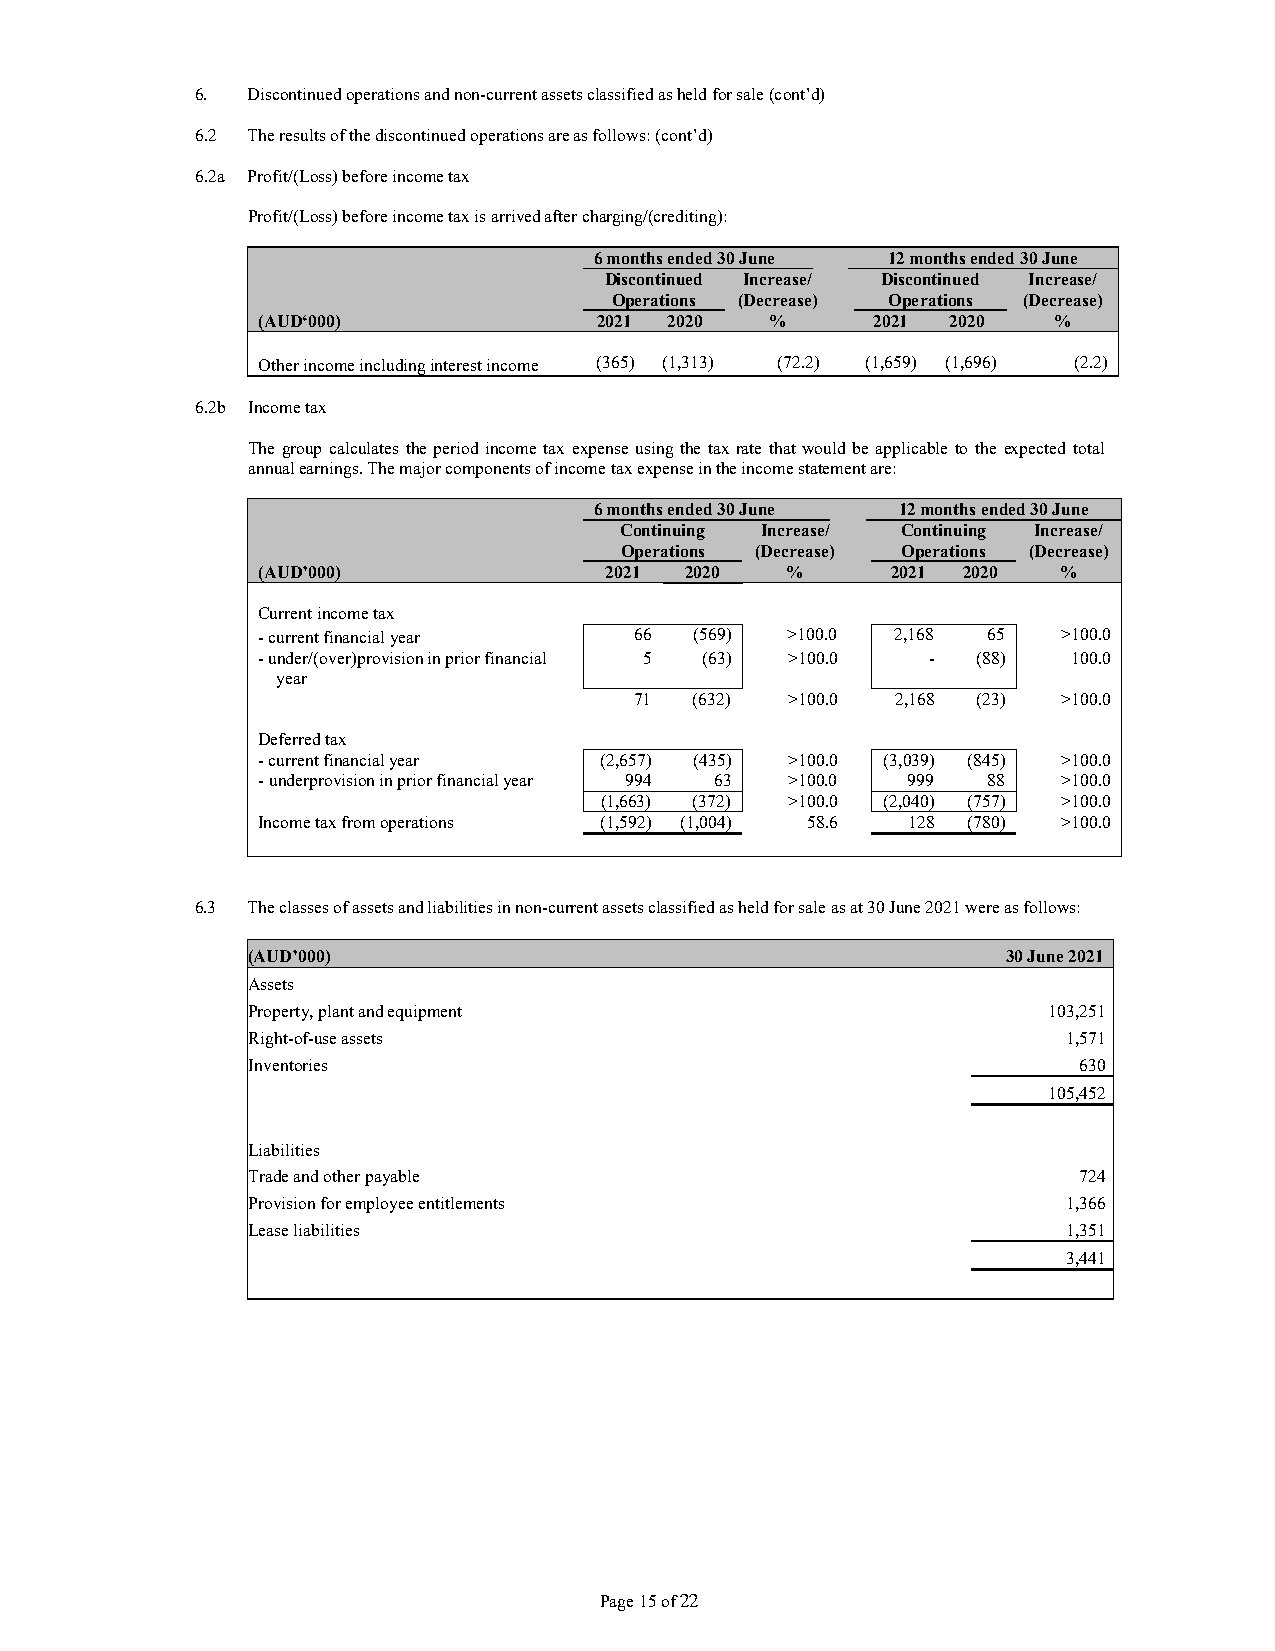
6. Discontinued operations and non-current assets classified as held for sale (cont’d)
 6.2 The results of the discontinued operations are as follows: (cont’d)
 6.2a Profit/(Loss) before income tax
 Profit/(Loss) before income tax is arrived after charging/(crediting):
 6 months ended 30 June 12 months ended 30 June
 Discontinued Increase/ Discontinued Increase/
 Operations (Decrease) Operations (Decrease)
 (AUD‘000)              2021 2020  %      2021 2020   %
 Other income including interest income (365) (1,313) (72.2) (1,659) (1,696) (2.2)
 6.2b Income tax
 The group calculates the period income tax expense using the tax rate that would be applicable to the expected total
 annual earnings. The major components of income tax expense in the income statement are:
 6 months ended 30 June 12 months ended 30 June
 Continuing Increase/ Continuing Increase/
 Operations (Decrease) Operations (Decrease)
 (AUD’000)              2021 2020   %      2021 2020  %
 Current income tax
 - current financial year 66  (569) >100.0 2,168 65   >100.0
 - under/(over)provision in prior financial 5 (63) >100.0 - (88) 100.0
 year
 71  (632) >100.0 2,168 (23) >100.0
 Deferred tax
 - current financial year (2,657) (435) >100.0 (3,039) (845) >100.0
 - underprovision in prior financial year 994 63 >100.0 999 88 >100.0
 (1,663) (372) >100.0 (2,040) (757) >100.0
 Income tax from operations (1,592) (1,004) 58.6 128 (780) >100.0
 6.3 The classes of assets and liabilities in non-current assets classified as held for sale as at 30 June 2021 were as follows:
 (AUD’000)                                          30 June 2021
 Assets
 Property, plant and equipment                        103,251
 Right-of-use assets                                    1,571
 Inventories                                            630
 105,452
 Liabilities
 Trade and other payable                                724
 Provision for employee entitlements                    1,366
 Lease liabilities                                      1,351
 3,441
 Page 15 of 22